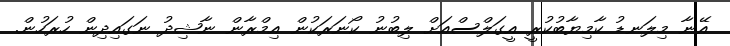
އޭނާ މިލަނޑު ކާމިޔާބުކުރީ އީގަލްސްއަށް ލިބުނު ކޯނަރަކުން އިމްރާން ނާޝިދު ނަގައިދިން ހުރަހުން.